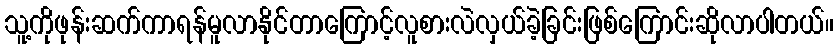
သူ့ကိုဖုန်းဆက်ကာရန်မူလာနိုင်တာကြောင့်လူစားလဲလှယ်ခဲ့ခြင်းဖြစ်ကြောင်းဆိုလာပါတယ်။